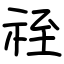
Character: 祬